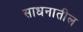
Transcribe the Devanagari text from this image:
साधनातील